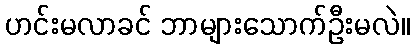
ဟင်းမလာခင် ဘာများသောက်ဦးမလဲ။